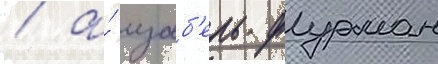
/ а́ изаб'ель фурман